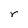
Character: r